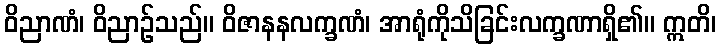
ဝိညာဏံ၊ ဝိညာဉ်သည်။ ဝိဇာနနလက္ခဏံ၊ အာရုံကိုသိခြင်းလက္ခဏာရှိ၏။ ဣတိ၊